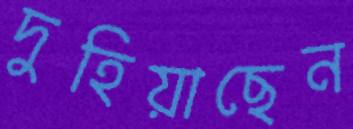
দুহিয়াছেন